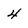
Character: 4